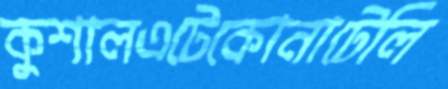
কুশালএটেকোনাটেলি